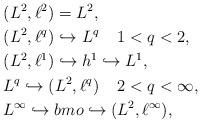
LaTeX: \begin{align*}& (L^2, \ell^2)=L^2, \\&(L^{2}, \ell^{q}) \hookrightarrow L^{q} \;\; \;\; 1 < q< 2, \\&(L^2,\ell^1) \hookrightarrow h^1 \hookrightarrow L^1, \\&L^{q} \hookrightarrow (L^{2}, \ell^{q}) \;\; \;\; 2 < q< \infty, \\&L^{\infty} \hookrightarrow bmo \hookrightarrow (L^2,\ell^{\infty}), \end{align*}